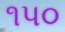
૧પ૦